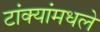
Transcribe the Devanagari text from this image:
टांक्यांमधले